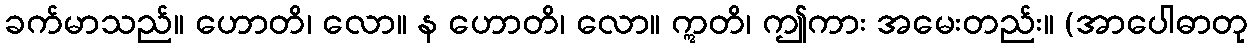
ခက်မာသည်။ ဟောတိ၊ လော။ န ဟောတိ၊ လော။ ဣတိ၊ ဤကား အမေးတည်း။ (အာပေါဓာတု